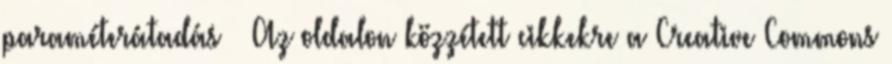
paraméterátadás › Az oldalon közzétett cikkekre a Creative Commons